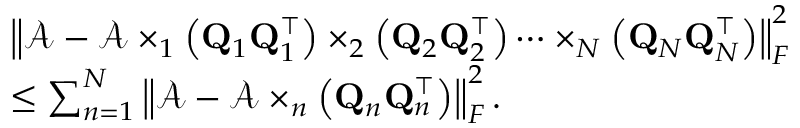
\begin{array} { r l } & { \left\| \mathcal { A } - \mathcal { A } \times _ { 1 } \left( { \bf Q } _ { 1 } { \bf Q } _ { 1 } ^ { \top } \right) \times _ { 2 } \left( { \bf Q } _ { 2 } { \bf Q } _ { 2 } ^ { \top } \right) \dots \times _ { N } \left( { \bf Q } _ { N } { \bf Q } _ { N } ^ { \top } \right) \right\| _ { F } ^ { 2 } } \\ & { \leq \sum _ { n = 1 } ^ { N } \left\| \mathcal { A } - \mathcal { A } \times _ { n } \left( { \bf Q } _ { n } { \bf Q } _ { n } ^ { \top } \right) \right\| _ { F } ^ { 2 } . } \end{array}